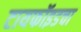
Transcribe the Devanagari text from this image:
टायफॉइडचा